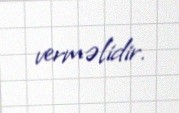
verməlidir.